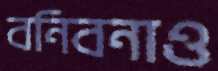
বনিবনাও